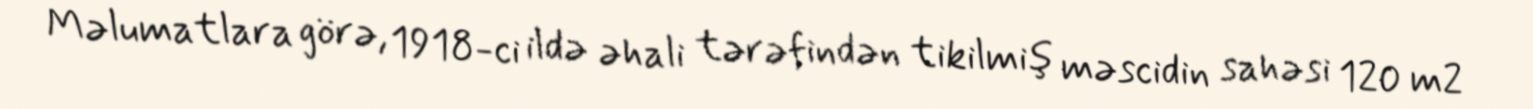
Məlumatlara görə, 1918-ci ildə əhali tərəfindən tikilmiş məscidin sahəsi 120 m2